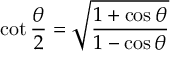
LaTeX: \cot \frac { \theta } { 2 } = \sqrt { \frac { 1 + \cos \theta } { 1 - \cos \theta } }